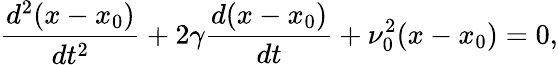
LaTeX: \frac{d^{2}(x-x_{0})}{dt^{2}}+2\gamma\frac{d(x-x_{0})}{dt}+\nu_{0}^{2}(x-x_{0})=0,